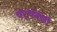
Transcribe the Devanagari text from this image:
चर्चेवेळी